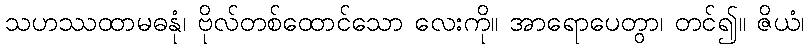
သဟဿထာမဓနုံ၊ ဗိုလ်တစ်ထောင်သော လေးကို။ အာရောပေတွာ၊ တင်၍။ ဇိယံ၊